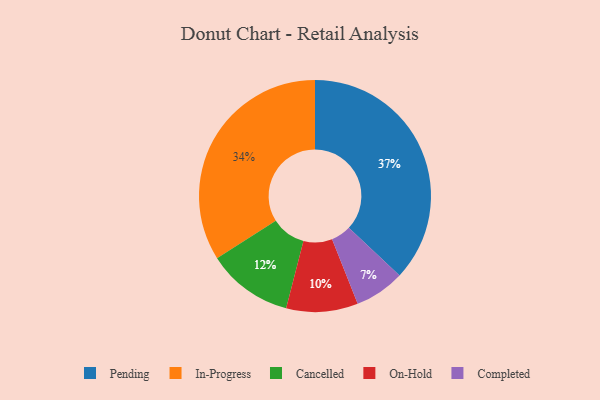
{"axis": {"x": "Category", "y": "Percentage"}, "legend": ["Cancelled", "Completed", "In-Progress", "On-Hold", "Pending"], "data": [{"x": "In-Progress", "y": 34, "type": "In-Progress"}, {"x": "On-Hold", "y": 10, "type": "On-Hold"}, {"x": "Completed", "y": 7, "type": "Completed"}, {"x": "Cancelled", "y": 12, "type": "Cancelled"}, {"x": "Pending", "y": 37, "type": "Pending"}]}